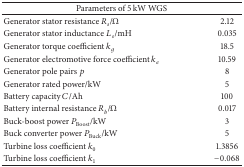
<table><thead><tr><td colspan="2"><b>Parameters of 5 kW WGS </b></td></tr></thead><tbody><tr><td>Generator stator resistance <i>R</i><sub><i>s</i></sub>/Ω</td><td>2.12</td></tr><tr><td>Generator stator inductance <i>L</i><sub><i>s</i></sub>/mH</td><td>0.035</td></tr><tr><td>Generator torque coefficient <i>k</i><sub><i>g</i></sub></td><td>18.5</td></tr><tr><td>Generator electromotive force coefficient <i>k</i><sub><i>e</i></sub></td><td>10.59</td></tr><tr><td>Generator pole pairs <i>p</i></td><td>8</td></tr><tr><td>Generator rated power/kW</td><td>5</td></tr><tr><td>Battery capacity <i>C</i>/Ah</td><td>100</td></tr><tr><td>Battery internal resistance <i>R</i><sub><i>b</i></sub>/Ω</td><td>0.017</td></tr><tr><td>Buck-boost power <i>P</i><sub>Boost</sub>/kW</td><td>3</td></tr><tr><td>Buck converter power <i>P</i><sub>Buck</sub>/kW</td><td>5</td></tr><tr><td>Turbine loss coefficient <i>k</i><sub>0</sub></td><td>1.3856</td></tr><tr><td>Turbine loss coefficient <i>k</i><sub>1</sub></td><td>−0.068</td></tr></tbody></table>